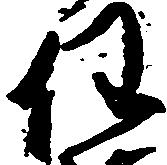
任